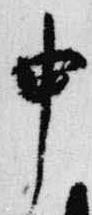
申